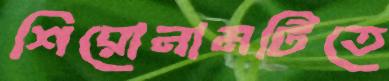
শিরোনামটিতে